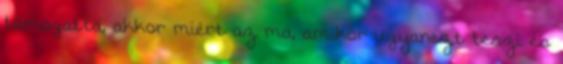
támogatta, akkor miért az ma, amikor ugyanezt teszi és